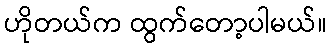
ဟိုတယ်က ထွက်တော့ပါမယ်။